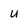
Character: u